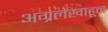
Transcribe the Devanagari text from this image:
अग्रलेखाहून